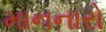
માનનારો